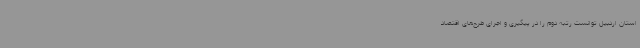
استان اردبیل توانست رتبه دوم را در پیگیری و اجرای طرح‌های اقتصاد